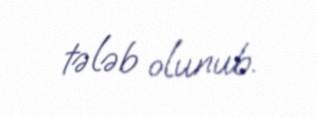
tələb olunub.